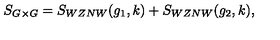
S _ { G \times G } = S _ { W Z N W } ( g _ { 1 } , k ) + S _ { W Z N W } ( g _ { 2 } , k ) ,